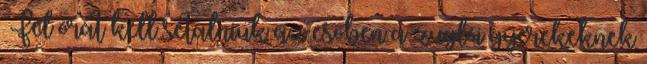
›Fél órát kell sétálniuk az esőben a zuglói gyerekeknek